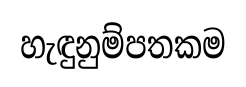
හැඳුනුම්පතකම